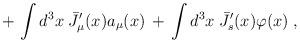
LaTeX: \begin{align*}+\, \int d^3x \; {\bar J}'_\mu(x) a_\mu(x) \,+\,\int d^3 x \; {\bar J}'_s(x)\varphi(x) \;,\end{align*}